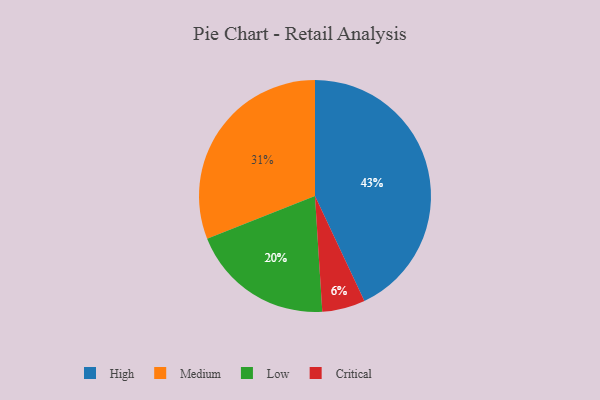
{"axis": {"x": "Category", "y": "Percentage"}, "legend": ["Critical", "High", "Low", "Medium"], "data": [{"x": "Critical", "y": 6, "type": "Critical"}, {"x": "Low", "y": 20, "type": "Low"}, {"x": "High", "y": 43, "type": "High"}, {"x": "Medium", "y": 31, "type": "Medium"}]}